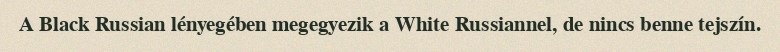
A Black Russian lényegében megegyezik a White Russiannel, de nincs benne tejszín.